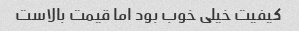
کیفیت خیلی خوب بود اما قیمت بالاست